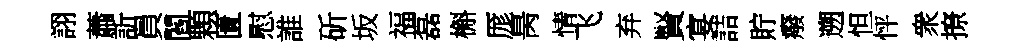
詡蕭訢員閻顆匱慰誰斫坂福磊槲厖昺情飞弃賢宴詰貯癈遡怛怦衆撩